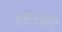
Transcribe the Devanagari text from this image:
हर्बीसाइड्स